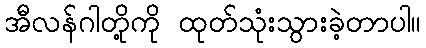
အီလန်ဂါတို့ကို ထုတ်သုံးသွားခဲ့တာပါ။